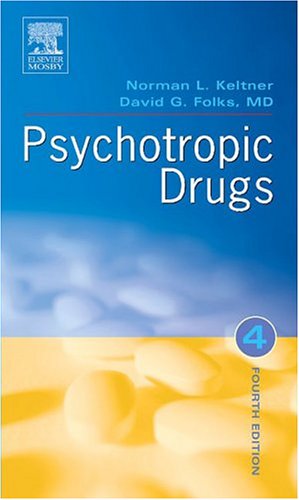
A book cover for Psychotropic Drugs, 4e; Norman L. Keltner EdD  RN  CRNP; Medical Books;